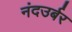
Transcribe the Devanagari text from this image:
नंदउर्बर